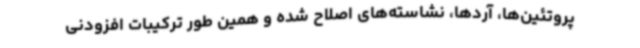
پروتئین‌ها، آردها، نشاسته‌های اصلاح شده و همین طور ترکیبات افزودنی